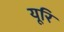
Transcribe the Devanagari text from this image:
यूरि